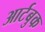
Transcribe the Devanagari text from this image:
आर्टबुक